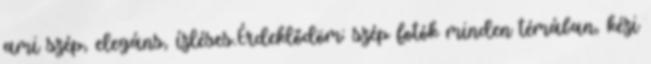
ami szép, elegáns, ízléses.Érdeklődöm: szép fotók minden témában, kézi